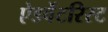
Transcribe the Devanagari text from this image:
ऐडवेंटरिस्ट